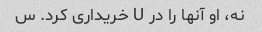
نه، او آنها را در U خریداری کرد. س